Report of the Indian Hemp Drugs Commission, 1894-1895 - Volume V
Year: 1894
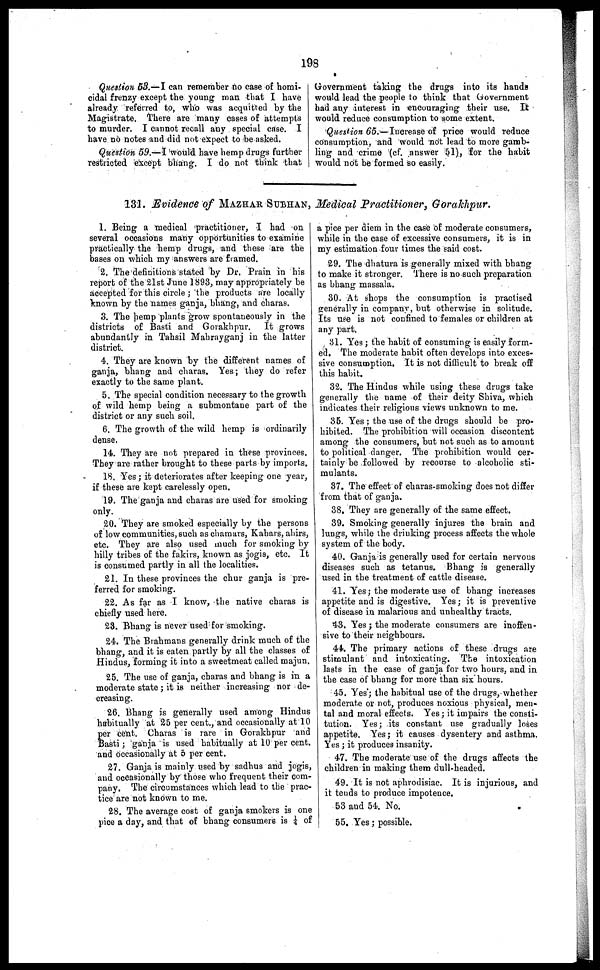
198
Question 53.—I can remember no ease of homi-
cidal frenzy except the young man that I have
already referred to, who was acquitted by the
Magistrate. There are many cases of attempts
to murder. I cannot recall any special case. I
have no notes and did not expect to be asked.
Question 59.—I would have hemp drugs further
restricted except bhang. I do not think that
Government taking the drugs into its hands
would lead the people to think that Government
had any interest in encouraging their use. It
would reduce consumption to some extent.
Question 65.—Increase of price would reduce
consumption, and would not lead to more gamb-
ling and crime (cf. answer 51), for the habit
would not be formed so easily.
131. Evidence of MAZHAR SUBHAN, Medical Practitioner. Gorakhpur.
1. Being a medical practitioner, I had on I
several occasions many opportunities to examine
practically the hemp drugs, and these are the
bases on which my answers are framed.
2. The definitions stated by Dr. Prain in his
report of the 21st June 1893, may appropriately be
accepted for this circle ; the products are locally
known by the names ganja, bhang, and charas.
3. The hemp plants grow spontaneously in the
districts of Basti and Gorakhpur.
It grows
abundantly in Tahsil Mahrayganj in the latter
district.
4. They are known by the different names of
ganja, bhang and charas. Yes; they do refer
exactly to the same plant.
5. The special condition necessary to the growth
of wild hemp being a submontane part of the
district or any such soil.
6. The growth of the wild hemp is ordinarily
dense,
14. They are not prepared in these provinces.
They are rather brought to these parts by imports.
18. Yes; it deteriorates after keeping one year,
if these are kept carelessly open.
19. The ganja and charas are used for smoking
only.
20. They are smoked especially by the persons
of low communities, such as chamars, Kahars, ahirs,
etc. They are also used much for smoking by
hilly tribes of the fakirs, known as jogis, etc. It
is consumed partly in all the localities.
21. In these provinces the chur ganja is pre-
ferred for smoking.
22. As far as I know, the native charas is
chiefly used here.
23. Bhang is never used for smoking.
24. The Brahmans generally drink much of the
bhang, and it is eaten partly by all the classes of
Hindus, forming it into a sweetmeat called majun.
25. The use of ganja, charas and bhang is in a
moderate state; it is neither increasing nor de-
creasing.
26. Bhang is generally used among Hindus
habitually at 25 per cent., and occasionally at 10
per cent. Charas is rare in Gorakhpur and
Basti; ganja is used habitually at 10 per cent.
and occasionally at 5 per cent.
27. Ganja is mainly used by sadhus and jogis,
and occasionally by those who frequent their com-
pany. The circumstances which lead to the prac-
tice are not known to me.
28. The average cost of ganja smokers is one
pice a day, and that of bhang consumers is ½ of
a pice per diem in the case of moderate consumers,
while in the case of excessive consumers, it is in
my estimation four times the said cost.
29. The dhatura is generally mixed with bhang
to make it stronger. There is no such preparation
as bhang massala.
30. At shops the consumption is practised
generally in company, but otherwise in solitude.
Its use is not confined to females or children at
any part.
31. Yes ; the habit of consuming is easily form-
ed. The moderate habit often develops into exces-
sive consumption. It is not difficult to break off
this habit.
32. The Hindus while using these drugs take
generally the name of their deity Shiva, which
indicates their religious views unknown to me.
35. Yes ; the use of the drugs should be pro-
hibited. The prohibition will occasion discontent
among the consumers, but not such as to amount
to political danger. The prohibition would cer-
tainly be followed by recourse to alcoholic sti-
mulants.
37. The effect of charas-smoking does not differ
from that of ganja.
38. They are generally of the same effect.
39. Smoking generally injures the brain and
lungs, while the drinking process affects the whole
system of the body.
40. Ganja is generally used for certain nervous
diseases such as tetanus. Bhang is generally
used in the treatment of cattle disease.
41. Yes; the moderate use of bhang increases
appetite and is digestive. Yes; it is preventive
of disease in malarious and unhealthy tracts.
43. Yes; the moderate consumers are inoffen-
sive to their neighbours.
44. The primary actions of these drugs are
stimulant and intoxicating. The intoxication
lasts in the case of ganja for two hours, and in
the case of bhang for more than six hours.
45. Yes; the habitual use of the drugs, whether
moderate or not, produces noxious physical, men-
tal and moral effects. Yes; it impairs the consti-
tution. Yes; its constant use gradually loses
appetite. Yes; it causes dysentery and asthma.
Yes ; it produces insanity.
47. The moderate use of the drugs affects the
children in making them dull-headed.
49. It is not aphrodisiac. It is injurious, and
it tends to produce impotence.
53 and 54. No.
55. Yes; possible.